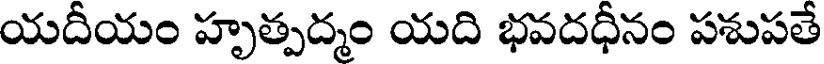
యదీయం హృత్పద్మం యది భవదధీనం పశుపతే